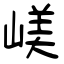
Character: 嵄